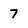
Character: 7